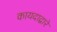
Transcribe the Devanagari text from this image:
कायदाद्वारे